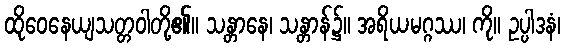
ထိုဝေနေယျသတ္တဝါတို့၏။ သန္တာနေ၊ သန္တာန်၌။ အရိယမဂ္ဂဿ၊ ကို။ ဥပ္ပါဒနံ၊